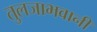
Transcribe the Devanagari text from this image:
तुलजाभवानी